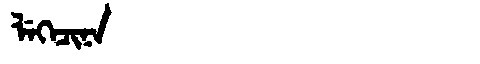
Manchu: ᠯᡝᡴᡝᠴᡳᠨᠠ
Romanization: LEKECINA